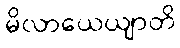
မိလာယေယျာတိ